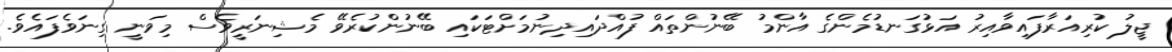
ޖީލު ކުރިއަރާފައިވާއިރު އަޅުގަނޑުމެންގެ އާންމު ބޭނުންތައް ފުއްދައިދިނުމަށްޓަކައި ބޭނުންކުރެވޭ މެޝިނަރީވެސް މިވަނީ ގިނަވެފައެވެ.